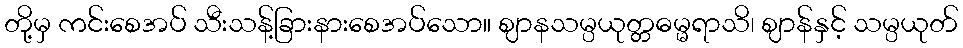
တို့မှ ကင်းစေအပ် သီးသန့်ခြားနားစေအပ်သော။ ဈာနသမ္ပယုတ္တဓမ္မရာသိ၊ ဈာန်နှင့် သမ္ပယုတ်